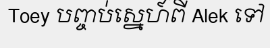
Toey បញ្ចប់ស្នេហ៍ពី Alek ទៅ